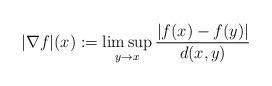
LaTeX: \begin{align*}|\nabla f|(x) :=\limsup_{y\to x} \frac{|f(x)-f(y)|}{d(x,y)} \end{align*}